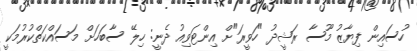
ހުސައިން ފިޔާޒު މޫސާ ރަޝީދު "ހަވީރަ"ށް އިންޓަވިއު ދެނީ: ހިލޭ ސާބަހަށް މަސައްކަތްކުރުމަކީ